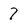
Character: 7